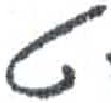
אות: ט